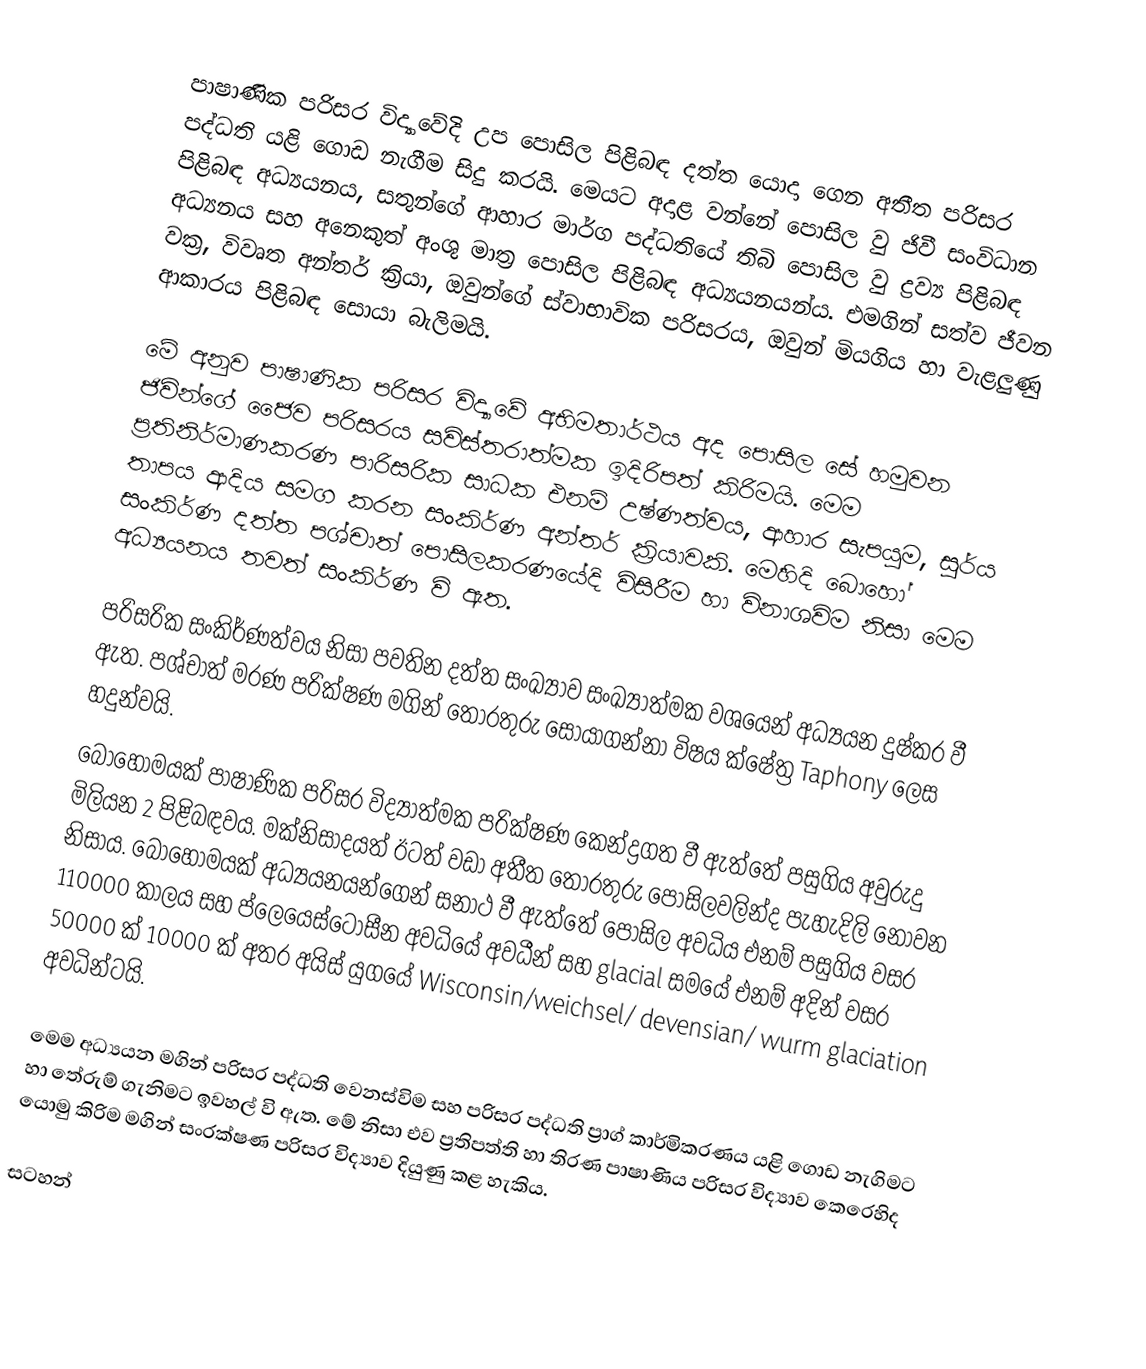
පාෂාණික පරිසර විද්‍යාවේදි උප පොසිල පිළිබඳ දත්ත යොදා ගෙන අතීත පරිසර පද්ධති යළි ගොඩ නැගීම සිදු කරයි. මෙයට අදාළ වන්නේ පොසිල වු ජිවී සංවිධාන පිළිබඳ අධ්‍යයනය, සතුන්ගේ ආහාර මාර්ග පද්ධතියේ තිබි පොසිල වු ද්‍රව්‍ය පිළිබඳ අධ්‍යනය සහ අනෙකුත් අංශු මාත්‍ර පොසිල පිළිබඳ අධ්‍යයනයන්ය. එමගින් සත්ව ජීවන වක්‍ර, විවෘත අන්තර් ක්‍රියා, ඔවුන්ගේ ස්වාභාවික පරිසරය, ඔවුන් මියගිය හා වැළලුණු ආකාරය පිළිබඳ සොයා බැලිමයි.

මේ අනුව පාෂාණික පරිසර විද්‍යාවේ අභිමතාර්ථය අද පොසිල සේ හමුවන ජිවින්ගේ ජෛව පරිසරය සවිස්තරාත්මක ඉදිරිපත් කිරිමයි. මෙම ප්‍රතිනිර්මාණකරණ පාරිසරික සාධක එනම් උෂ්ණත්වය, ආහාර සැපයුම, සුර්ය තාපය ආදිය සමග කරන සංකිර්ණ අන්තර් ක්‍රියාවකි. මෙහිදි බොහෝ සංකිර්ණ දත්ත පශ්චාත් පොසිලකරණයේදි විසිරීම හා විනාශවිම නිසා මෙම අධ්‍යයනය තවත් සංකිර්ණ වි ඇත.

පරිසරික සංකිර්ණත්වය නිසා පවතින දත්ත සංඛ්‍යාව සංඛ්‍යාත්මක වශයෙන් අධ්‍යයන දුෂ්කර වී ඇත. පශ්චාත් මරණ පරික්ෂණ මගින් තොරතුරු සොයාගන්නා විෂය ක්ෂේත්‍ර Taphony ලෙස හදුන්වයි.
 බොහෝමයක් පාෂාණික පරිසර විද්‍යාත්මක පරික්ෂණ කෙන්ද්‍රගත වී ඇත්තේ පසුගිය අවුරුදු මිලියන 2 පිළිබඳවය. මක්නිසාදයත් ඊටත් වඩා අතීත තොරතුරු පොසිලවලින්ද පැහැදිලි නොවන නිසාය. බොහොමයක් අධ්‍යයනයන්ගෙන් සනාථ වී ඇත්තේ පොසිල අවධිය එනම් පසුගිය වසර 110000 කාලය සහ ප්ලෙයෙස්ටෝසීන අවධියේ අවධීන් සහ glacial සමයේ එනම් අදින් වසර 50000 ක් 10000 ක් අතර අයිස් යුගයේ Wisconsin/weichsel/ devensian/ wurm glaciation අවධින්ටයි.

මෙම අධ්‍යයන මගින් පරිසර පද්ධති වෙනස්විම සහ පරිසර පද්ධති ප්‍රාග් කාර්මිකරණය යළි ගොඩ නැගිමට හා තේරුම් ගැනිමට ඉවහල් වි ඇත. මේ නිසා එව ප්‍රතිපත්ති හා තිරණ පාෂාණිය පරිසර විද්‍යාව කෙරෙහිද යොමු කිරිම මගින් සංරක්ෂණ පරිසර විද්‍යාව දියුණු කළ හැකිය.

සටහන්